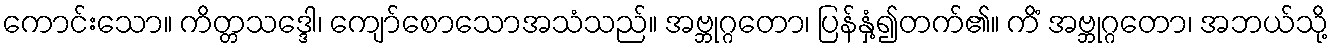
ကောင်းသော။ ကိတ္တသဒ္ဒေါ၊ ကျော်စောသောအသံသည်။ အဗ္ဘုဂ္ဂတော၊ ပြန်နှံ့၍တက်၏။ ကိံ အဗ္ဘုဂ္ဂတော၊ အဘယ်သို့